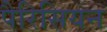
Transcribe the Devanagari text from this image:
पैरिसियन